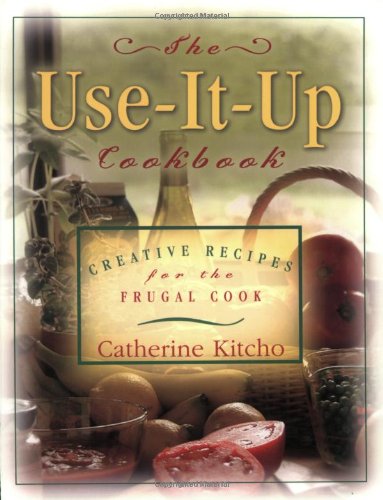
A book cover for Use It Up Cookbook: Creative Recipes for the Frugal Cook; Catherine Kitcho; Cookbooks, Food & Wine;